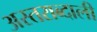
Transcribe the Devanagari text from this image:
अस्तराब्दाली